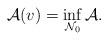
LaTeX: \begin{align*} \mathcal{A}(v) = \inf_{\mathcal{N}_0} \mathcal{A}.\end{align*}